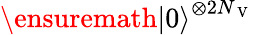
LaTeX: \ensuremath{\lvert{0}\rangle}^{\otimes 2N_{\mathrm{~V~}}}